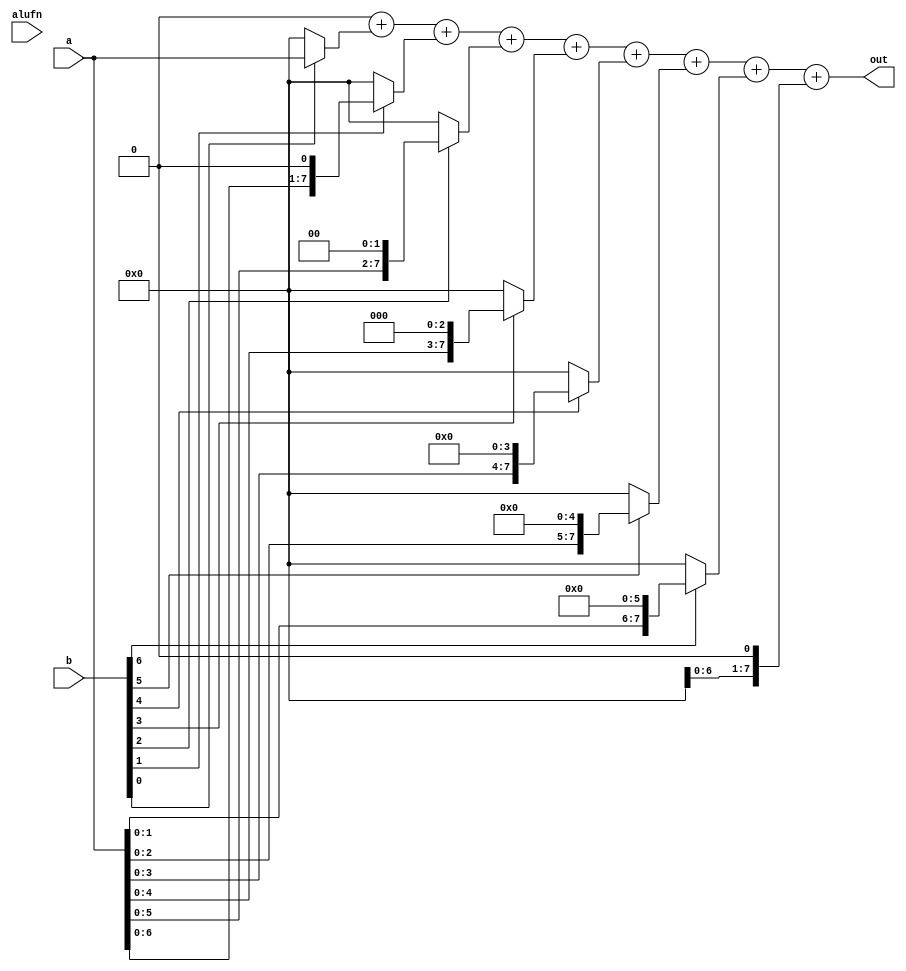
/*
   This file was generated automatically by the Mojo IDE version B1.3.3.
   Do not edit this file directly. Instead edit the original Lucid source.
   This is a temporary file and any changes made to it will be destroyed.
*/

module multiplier_14 (
    input [7:0] a,
    input [7:0] b,
    input [7:0] alufn,
    output reg [7:0] out
  );
  
  
  
  reg [7:0] shiftvalue;
  
  integer i;
  
  reg [63:0] sum;
  
  reg [7:0] sumofsum;
  
  always @* begin
    for (i = 1'h0; i < 7; i = i + 1) begin
      sum[(i)*8+7-:8] = 8'h00;
    end
    sumofsum = 8'h00;
    for (i = 1'h0; i < 7; i = i + 1) begin
      if (b[(i)*1+0-:1] == 1'h1) begin
        shiftvalue = i;
        sum[(i)*8+7-:8] = a << shiftvalue;
      end else begin
        shiftvalue = 1'h0;
      end
    end
    for (i = 1'h0; i <= 7; i = i + 1) begin
      sumofsum = sumofsum + sum[(i)*8+7-:8];
    end
    out = sumofsum;
  end
endmodule